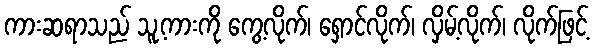
ကားဆရာသည် သူ့ကားကို ကွေ့လိုက်၊ ရှောင်လိုက်၊ လှိမ့်လိုက်၊ လိုက်ဖြင့်